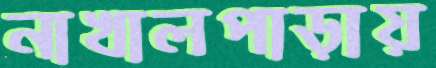
নাখালপাড়ায়